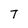
Character: T